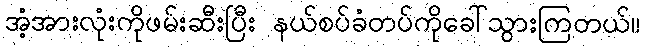
အံ့အားလုံးကိုဖမ်းဆီးပြီး နယ်စပ်ခံတပ်ကိုခေါ်သွားကြတယ်။